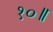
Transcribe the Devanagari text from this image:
१०॥